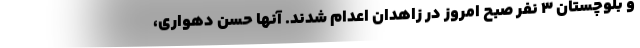
و بلوچستان 3 نفر صبح امروز در زاهدان اعدام شدند. آنها حسن دهواری،